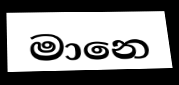
මානෙ